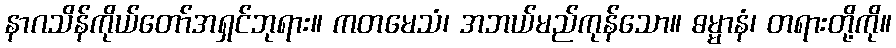
နာဂသိန်ကိုယ်တော်အရှင်ဘုရား။ ကတမေသံ၊ အဘယ်မည်ကုန်သော။ ဓမ္မာနံ၊ တရားတို့ကို။